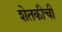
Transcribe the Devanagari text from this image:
शेतकीची